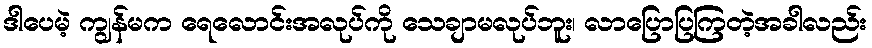
ဒါပေမဲ့ ကျွန်မက ရေလောင်းအလုပ်ကို သေချာမလုပ်ဘူး၊ လာပြောပြကြတဲ့အခါလည်း